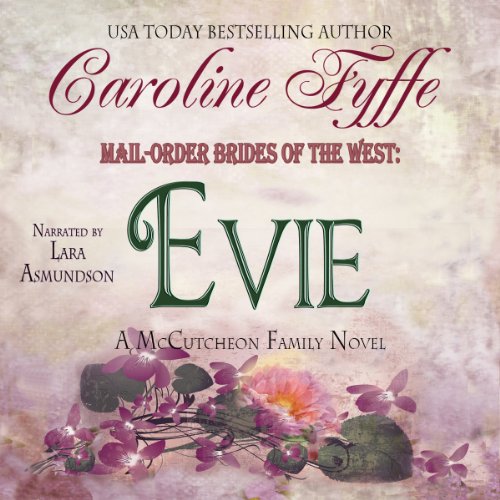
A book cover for Mail-Order Brides of the West: Evie: McCutcheon Family Series, Book 3; Caroline Fyffe; Romance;